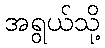
အရွယ်သို့